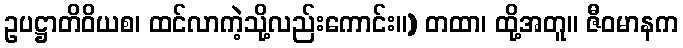
ဥပဋ္ဌာတိဝိယစ၊ ထင်လာကဲ့သို့လည်းကောင်း။) တထာ၊ ထို့အတူ။ ဇီဝမာနက